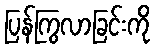
ပြန်ကြွလာခြင်းကို